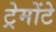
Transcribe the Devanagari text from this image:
ट्रेमोंटे